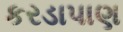
કરડાપાણ